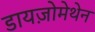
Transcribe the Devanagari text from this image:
डायज़ोमेथेन